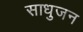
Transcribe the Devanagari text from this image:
साधुजन